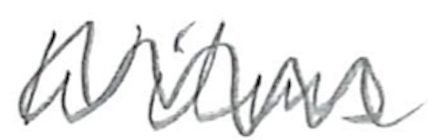
Text: Wilms
Cross-out: zig-zag
Writing tool: pencil